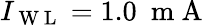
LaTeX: I_{\mathrm{~W~L~}}=1.0~\mathrm{~m~A~}